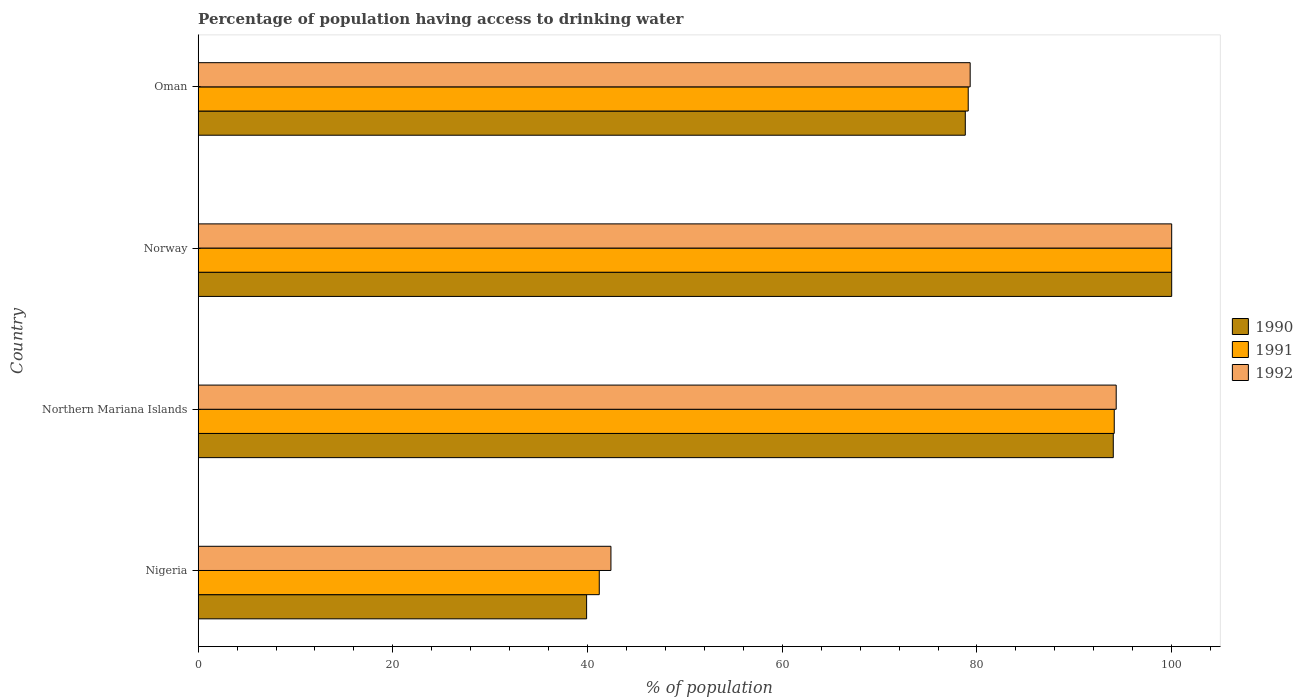
| Country | 1990 | 1991 | 1992 |
 | --- | --- | --- | --- |
 | Nigeria | 39.9 | 41.2 | 42.4 |
 | Northern Mariana Islands | 94 | 94.1 | 94.3 |
 | Norway | 100 | 100 | 100 |
 | Oman | 78.8 | 79.1 | 79.3 |